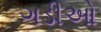
ગડીઓ